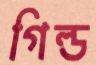
গিল্ড